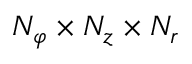
N _ { \varphi } \times N _ { z } \times N _ { r }